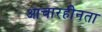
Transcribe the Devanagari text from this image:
आचारहीनता